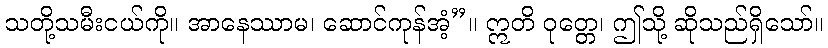
သတို့သမီးငယ်ကို။ အာနေဿာမ၊ ဆောင်ကုန်အံ့”။ ဣတိ ဝုတ္တေ၊ ဤသို့ ဆိုသည်ရှိသော်။